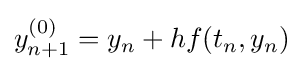
y_{n+1}^{(0)}=y_{n}+hf(t_{n},y_{n})